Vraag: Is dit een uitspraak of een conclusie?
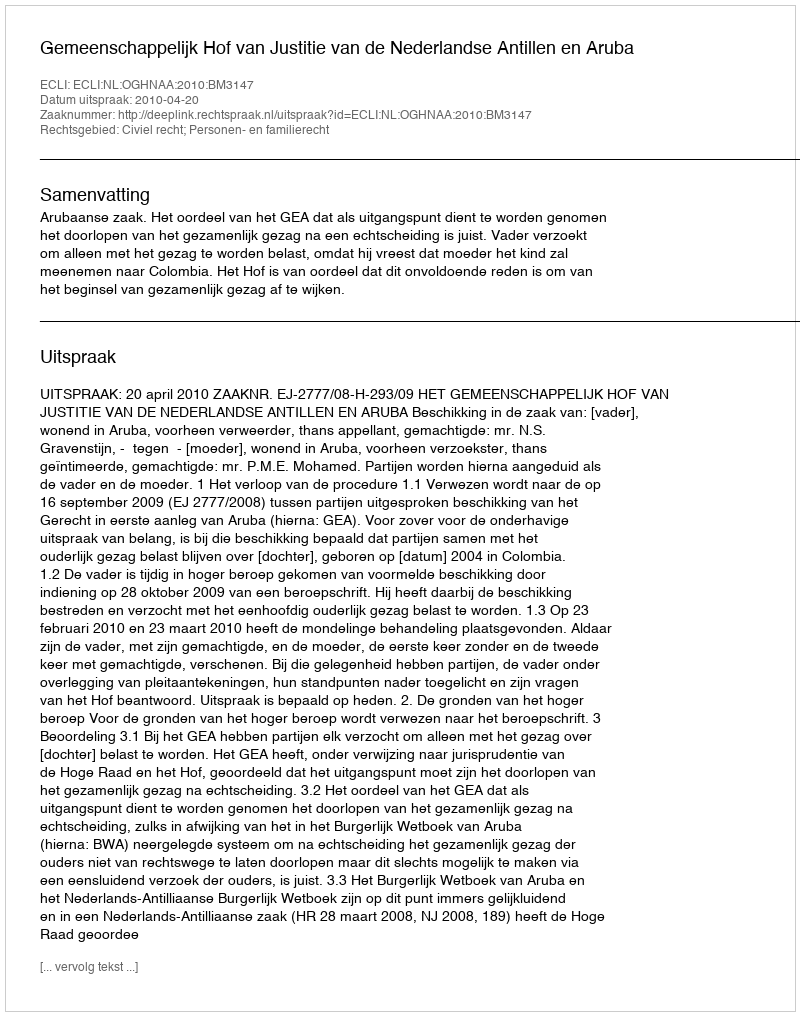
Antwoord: Uitspraak